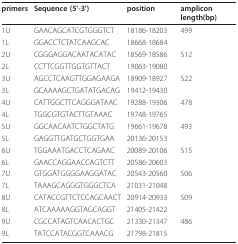
<table><thead><tr><td><b>primers</b></td><td><b>Sequence (5&#x27;-3&#x27;)</b></td><td><b>position</b></td><td><b>amplicon length(bp)</b></td></tr></thead><tbody><tr><td>1U</td><td>GAACAGCATCGTGGGTCT</td><td>18186-18203</td><td>499</td></tr><tr><td>1L</td><td>GGACCTCTATCAAGCAC</td><td>18668-18684</td><td></td></tr><tr><td>2U</td><td>CGGGAGGACAATACATAC</td><td>18569-18586</td><td>512</td></tr><tr><td>2L</td><td>CCTTCGGTTGGTGTTACT</td><td>19063-19080</td><td></td></tr><tr><td>3U</td><td>AGCCTCAAGTTGGAGAAGA</td><td>18909-18927</td><td>522</td></tr><tr><td>3L</td><td>GCAAAAGCTGATATGACAG</td><td>19412-19430</td><td></td></tr><tr><td>4U</td><td>CATTGGCTTCAGGGATAAC</td><td>19288-19306</td><td>478</td></tr><tr><td>4L</td><td>TGGCGTGTACTTGTAAAC</td><td>19748-19765</td><td></td></tr><tr><td>5U</td><td>GGCAACAATCTGGCTATG</td><td>19661-19678</td><td>493</td></tr><tr><td>5L</td><td>GAGGTTGATGCTGGTGAA</td><td>20136-20153</td><td></td></tr><tr><td>6U</td><td>TGGAAATGACCTCAGAAC</td><td>20089-20106</td><td>515</td></tr><tr><td>6L</td><td>GAACCAGGAACCAGTCTT</td><td>20586-20603</td><td></td></tr><tr><td>7U</td><td>GTGGATGGGGAAGGATAC</td><td>20543-20560</td><td>506</td></tr><tr><td>7L</td><td>TAAAGCAGGGTGGGCTCA</td><td>21031-21048</td><td></td></tr><tr><td>8U</td><td>CATACCGTTCTCCAGCAACT</td><td>20914-20933</td><td>509</td></tr><tr><td>8L</td><td>ATCAAAAAGGTAGCAGGT</td><td>21405-21422</td><td></td></tr><tr><td>9U</td><td>CGCCATAGTCAACACTGC</td><td>21330-21347</td><td>486</td></tr><tr><td>9L</td><td>TATCCATACGGTCAAACG</td><td>21798-21815</td><td></td></tr></tbody></table>